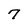
Character: 7